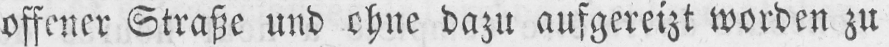
offener Straße und ohne dazu aufgereizt worden zu